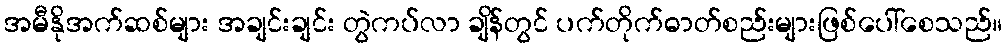
အမီနိုအက်ဆစ်များ အချင်းချင်း တွဲကပ်လာ ချိန်တွင် ပက်တိုက်ဓာတ်စည်းများဖြစ်ပေါ်စေသည်။